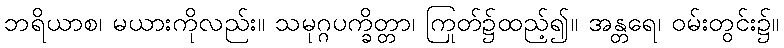
ဘရိယာစ၊ မယားကိုလည်း။ သမုဂ္ဂပက္ခိတ္တာ၊ ကြုတ်၌ထည့်၍။ အန္တရေ၊ ဝမ်းတွင်း၌။